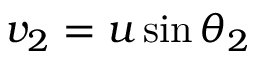
v _ { 2 } = u \sin \theta _ { 2 }